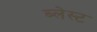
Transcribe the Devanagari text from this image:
ब्लेस्ट